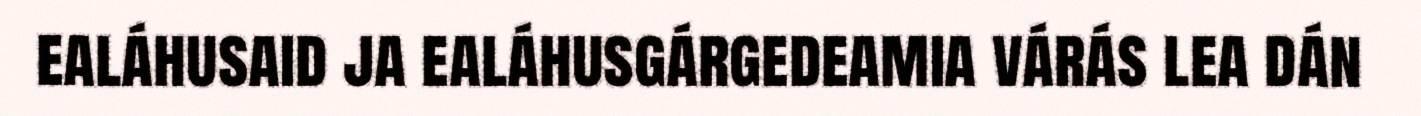
ealáhusaid ja ealáhusgárgedeamia várás lea dán